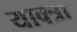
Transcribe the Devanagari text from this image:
याक्त्रा